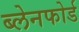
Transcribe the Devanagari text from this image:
ब्लेनफोर्ड